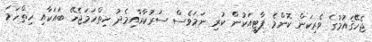
ޖެހޭޤައުމުގެ ވެރިކަން ކޮންމެ ޕާޓީއަކުން ކުރި ނަމަވެސް ސަރުކާރާއިމެދު ހިތްހަމަޖެހޭ ބައަކާއި ހިތްހަމަ